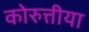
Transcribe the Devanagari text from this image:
कोरुत्तीया